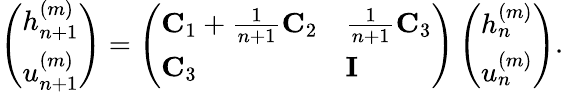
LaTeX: \left(\begin{array}{l}{h_{n+1}^{(m)}}\\ {u_{n+1}^{(m)}}\end{array}\right)=\left(\begin{array}{ll}{\mathbf{C}_{1}+\frac{1}{n+1}\mathbf{C}_{2}}&{\frac{1}{n+1}\mathbf{C}_{3}}\\ {\mathbf{C}_{3}}&{\mathbf{I}}\end{array}\right)\left(\begin{array}{l}{h_{n}^{(m)}}\\ {u_{n}^{(m)}}\end{array}\right).